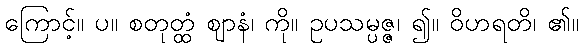
ကြောင့်။ ပ။ စတုတ္ထံ ဈာနံ၊ ကို။ ဥပသမ္ပဇ္ဇ၊ ၍။ ဝိဟရတိ၊ ၏။